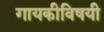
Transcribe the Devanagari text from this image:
गायकीविषयी